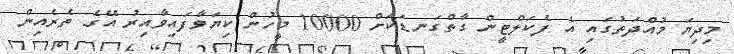
މިދިޔަ މުއްދަތުގައި އެ ފެކަލްޓީން ގާތްގަނޑަކަށް 10000 މީހުން ކިޔަވާފައިވާއިރު އޭގެ ތެރެއިން